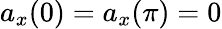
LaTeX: a_{x}(0)=a_{x}(\pi)=0